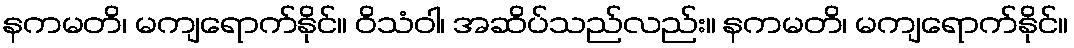
နကမတိ၊ မကျရောက်နိုင်။ ဝိသံဝါ၊ အဆိပ်သည်လည်း။ နကမတိ၊ မကျရောက်နိုင်။